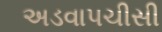
અડવાપચીસી